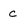
Character: c